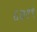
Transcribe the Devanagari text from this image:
६७१९